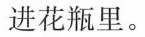
进花瓶里。